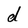
Character: d